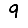
Digit: 9